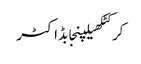
کرکٹکھیلپنجابڈاکٹر